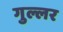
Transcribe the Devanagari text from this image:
गुल्लर